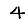
Digit: 4